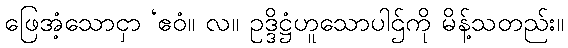
ဖြေအံ့သောငှာ ‘ဧဝံ။ လ။ ဥဒ္ဒိဋ္ဌံဟူသောပါဌ်ကို မိန့်သတည်း။